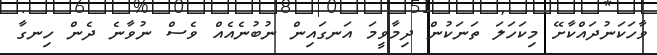
ވާހަކަނުދައްކާށޭ މިކަހަލަ ތަނަކުން ދިމާވީމަ އަނގައިން ނުބުނެއެއް ވެސް ނުވާނެ ދެން ހިނގާ